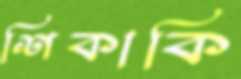
শিকাকি